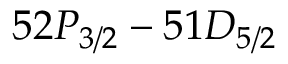
5 2 P _ { 3 / 2 } - 5 1 D _ { 5 / 2 }